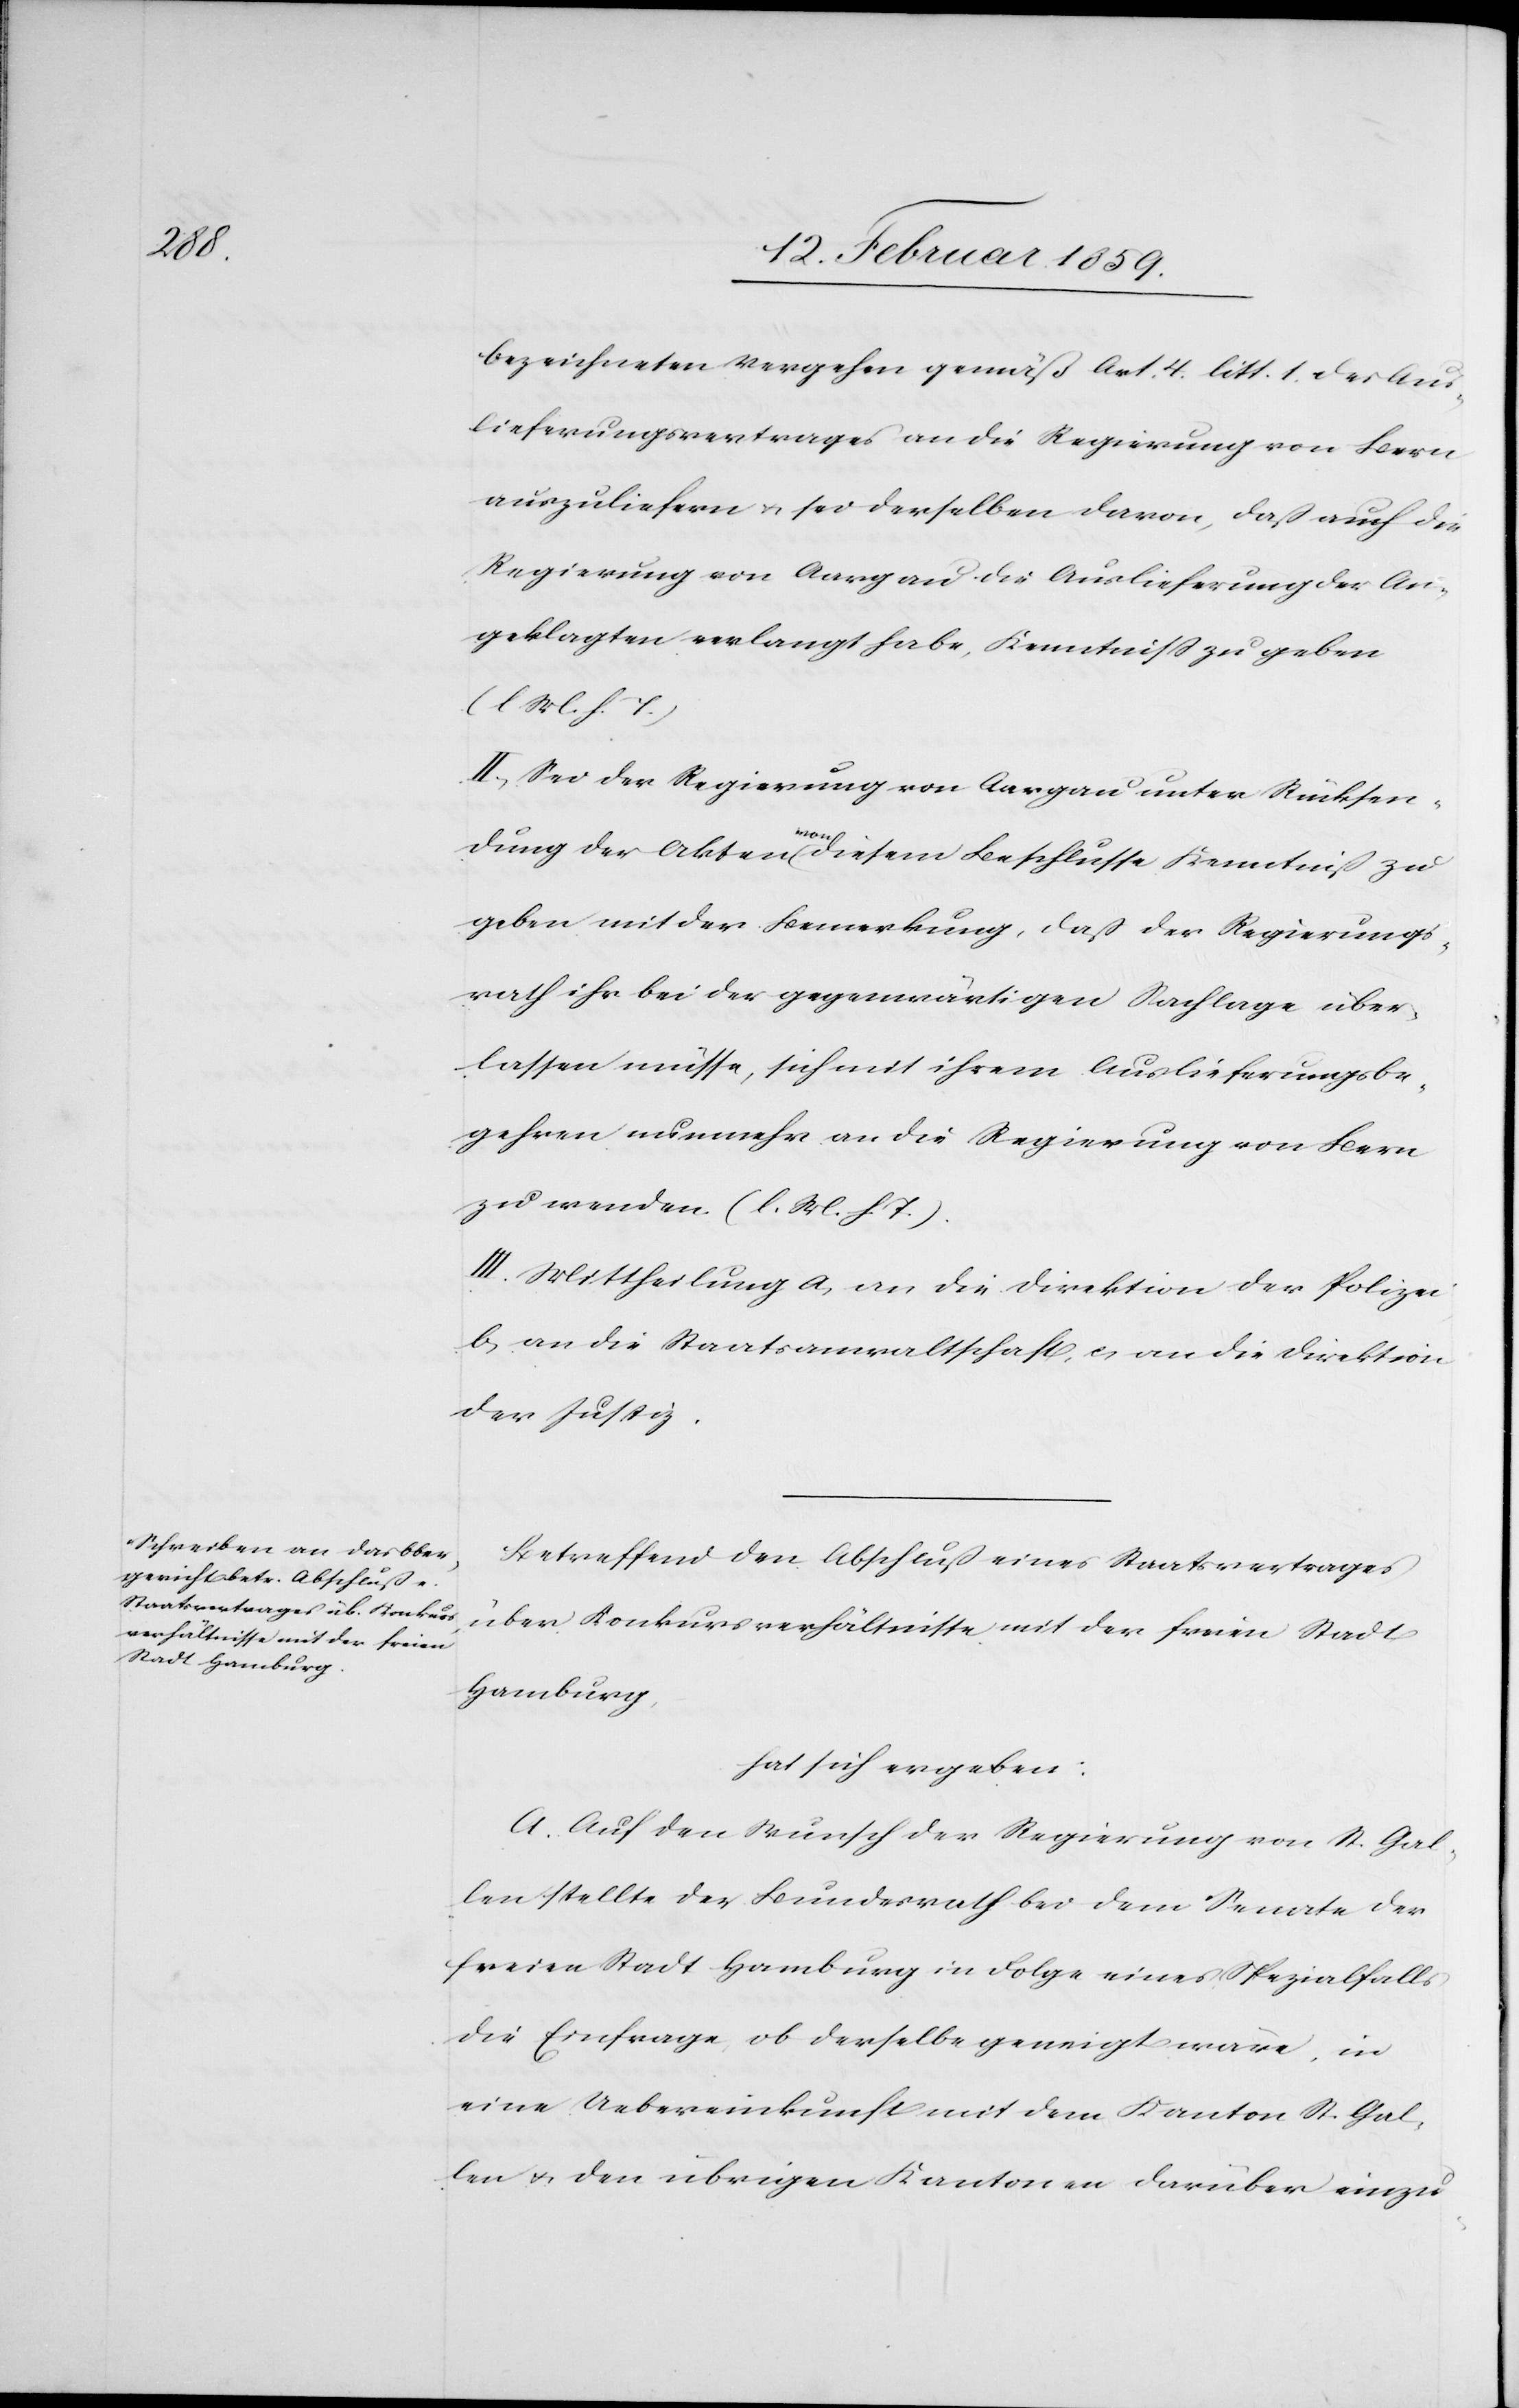
bezeichneten Vergehen gemäß Art. 4. litt. 1. des Aus¬
lieferungsvertrages an die Regierung von Bern
auszuliefern u. sei derselben davon, daß auch die
Regierung von Aargau die Auslieferung der An¬
geklagten verlangt habe, Kenntniß zu geben
(l. M. h. T.)
II. Sei der Regierung von Aargau unter Rücksen¬
dung der Akten von diesem Beschlusse Kenntniß zu
geben mit der Bemerkung, daß der Regierungs¬
rath ihr bei der gegenwärtigen Sachlage über¬
lassen müsse, sich mit ihrem Auslieferungsbe¬
gehren nunmehr an die Regierung von Bern
zu wenden. (l. M. h. T.).
III. Mittheilung a, an die Direktion der Polizei,
b, an die Staatsanwaltschaft, c, an die Direktion
der Justiz.
Betreffend den Abschluß eines Staatsvertrages
über Konkursverhältnisse mit der freien Stadt
Hamburg,
hat sich ergeben:
A. Auf den Wunsch der Regierung von St. Gal¬
len stellte der Bundesrath bei dem Senate der
freien Stadt Hamburg in Folge eines Spezialfalls
die Einfrage, ob derselbe geneigt wäre, in
eine Uebereinkunft mit dem Kanton St. Gal¬
len u. den übrigen Kantonen darüber einzu-